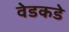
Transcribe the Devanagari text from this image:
वेडकडे